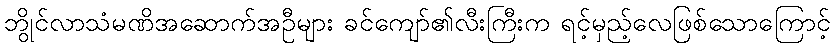
ဘွိုင်လာသံမဏိအဆောက်အဦများ ခင်ကျော်၏လီးကြီးက ရင့်မှည့်လေဖြစ်သောကြောင့်